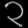
Digit: ၃